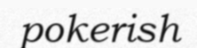
pokerish